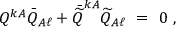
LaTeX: Q ^ { k A } \bar { Q } _ { A \ell } + \bar { \widetilde Q } ^ { k A } \widetilde Q _ { A \ell } \ = \ 0 \ ,